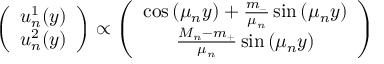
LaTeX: \left( \begin{array} { c } { { u _ { n } ^ { 1 } ( y ) } } \\ { { u _ { n } ^ { 2 } ( y ) } } \end{array} \right) \propto \left( \begin{array} { c } { { \cos \left( \mu _ { n } y \right) + \frac { m _ { - } } { \mu _ { n } } \sin \left( \mu _ { n } y \right) } } \\ { { \frac { M _ { n } - m _ { + } } { \mu _ { n } } \sin \left( \mu _ { n } y \right) } } \end{array} \right)